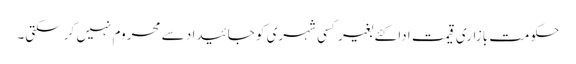
حکومت بازاری قیمت ادا کئے بغیر کسی شہری کو جائیدا د سے محروم نہیں کر سکتی۔